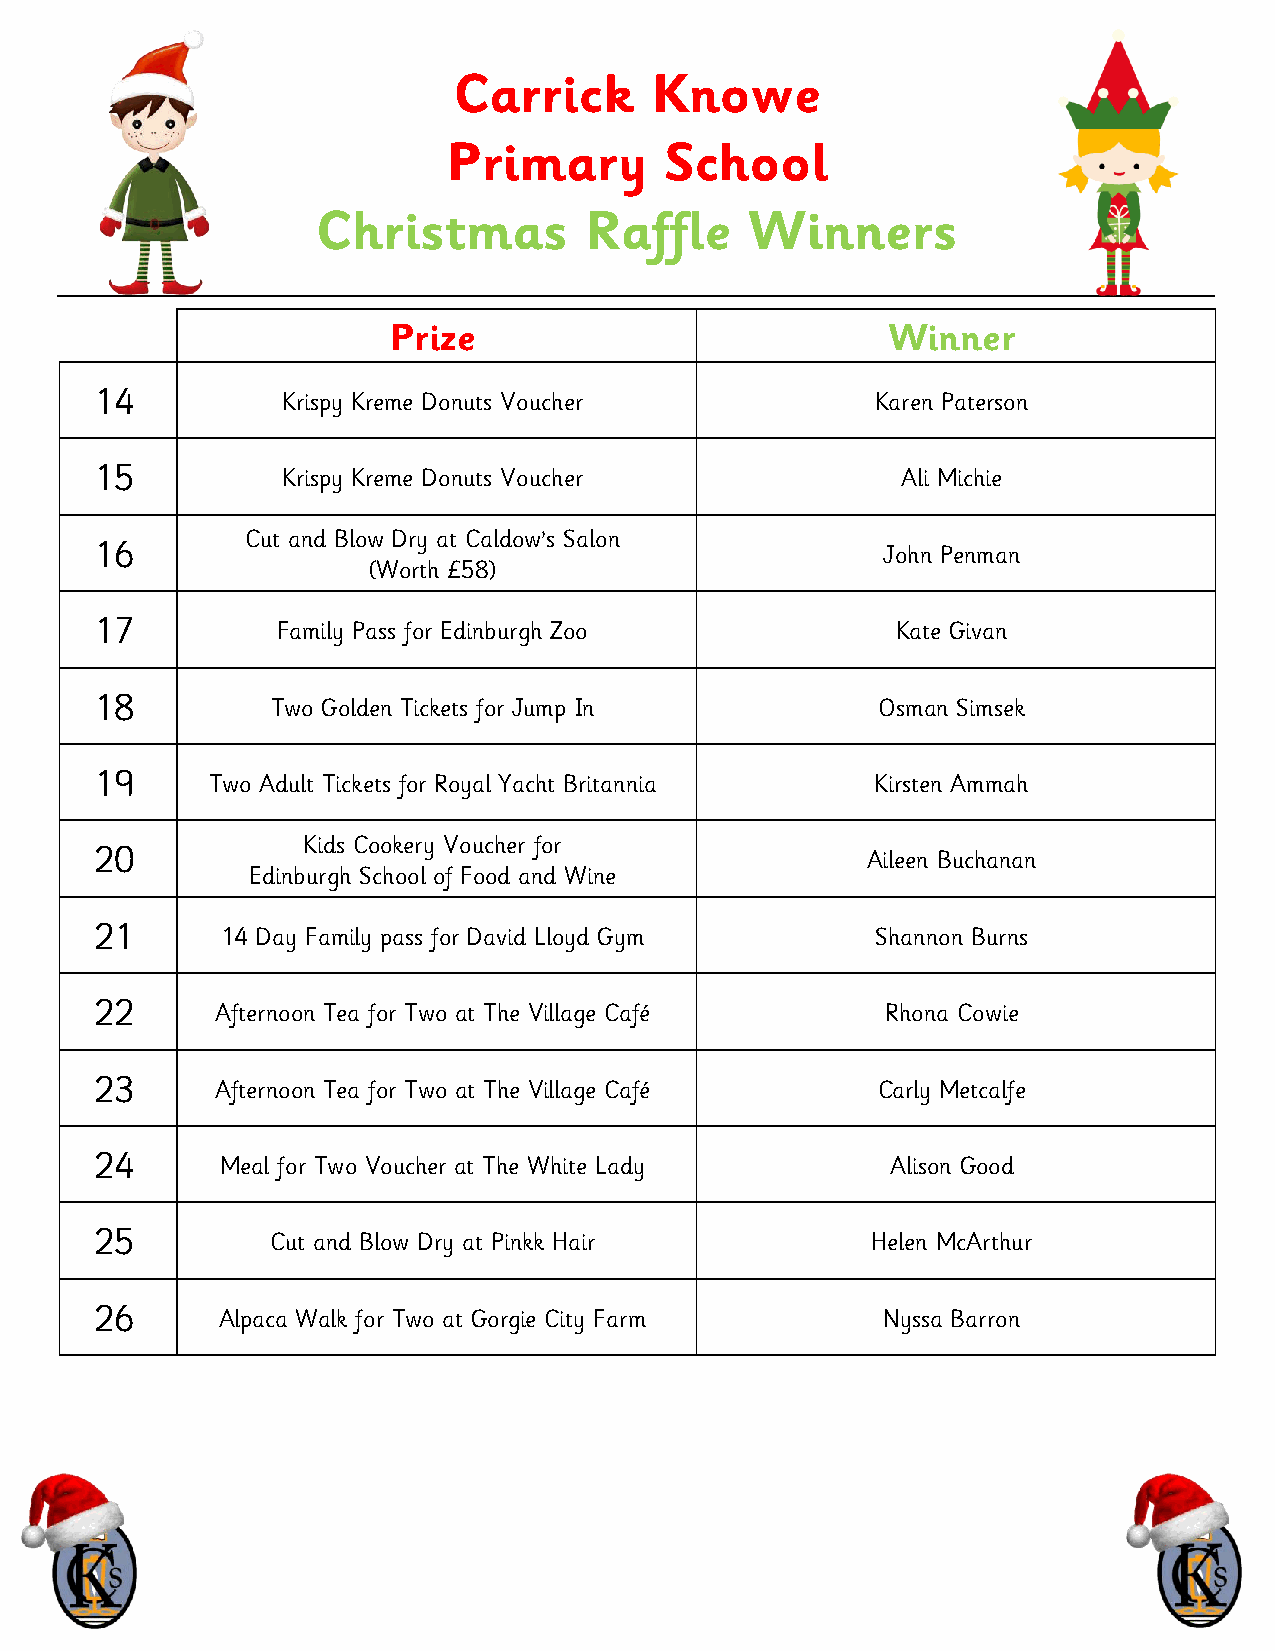
Carrick      Knowe
 Primary       School
 Christmas         Raffle     Winners
 Prize                            Winner
 14           Krispy Kreme Donuts Voucher            Karen Paterson
 15           Krispy Kreme Donuts Voucher              Ali Michie
 Cut and Blow Dry at Caldow’s Salon
 16                                                  John Penman
 (Worth £58)
 17          Family Pass for Edinburgh Zoo            Kate Givan
 18          Two Golden Tickets for Jump In          Osman Simsek
 19      Two Adult Tickets for Royal Yacht Britannia Kirsten Ammah
 Kids Cookery Voucher for
 20                                                 Aileen Buchanan
 Edinburgh School of Food and Wine
 21       14 Day Family pass for David Lloyd Gym     Shannon Burns
 22      Afternoon Tea for Two at The Village Café    Rhona Cowie
 23      Afternoon Tea for Two at The Village Café   Carly Metcalfe
 24       Meal for Two Voucher at The White Lady      Alison Good
 25          Cut and Blow Dry at Pinkk Hair          Helen McArthur
 26       Alpaca Walk for Two at Gorgie City Farm    Nyssa Barron